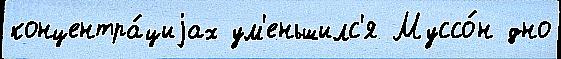
концентра́циjах ум'еньшилс'я Муссо́н дно